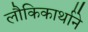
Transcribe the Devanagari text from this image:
लौकिकार्थाने